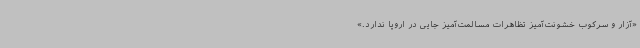
«آزار و سرکوب خشونت‌آمیز تظاهرات مسالمت‌آمیز جایی در اروپا ندارد.»